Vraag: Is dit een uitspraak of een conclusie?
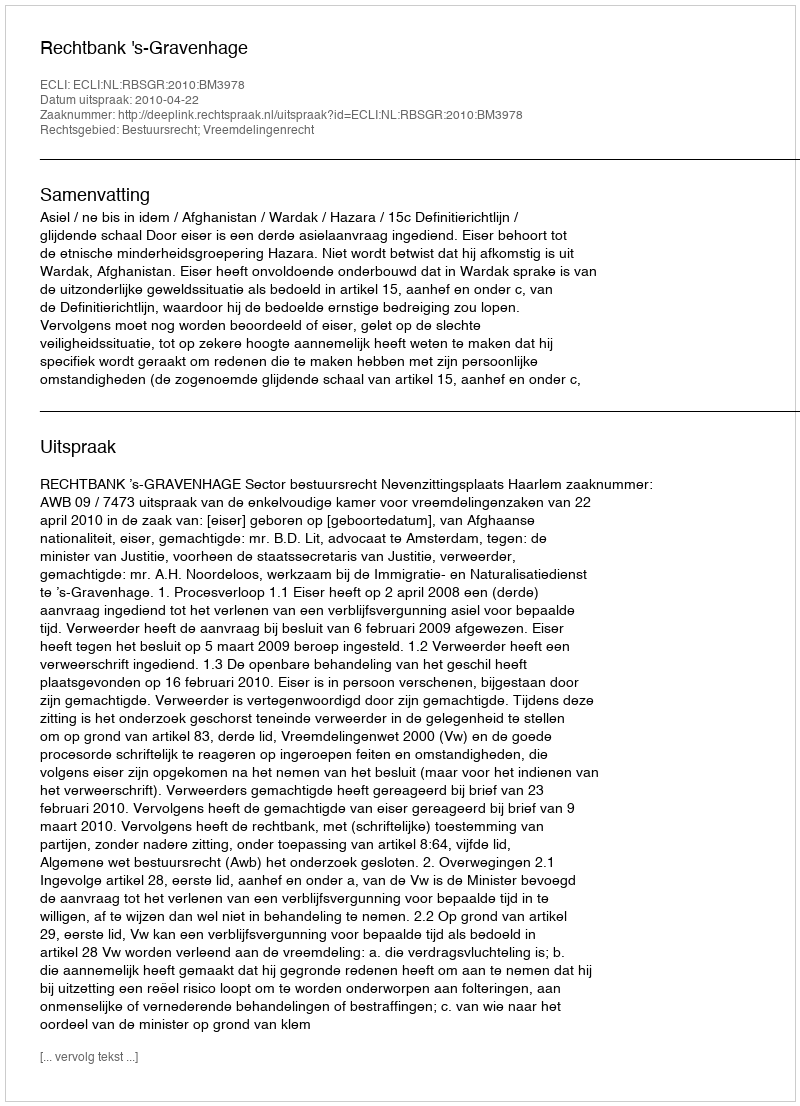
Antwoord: Uitspraak